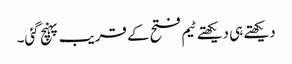
دیکھتے ہی دیکھتے ٹیم فتح کے قریب پہنچ گئی۔